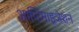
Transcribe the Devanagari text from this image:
आप्टिमाइजेशन